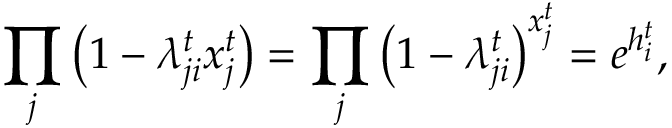
\prod _ { j } \left( 1 - \lambda _ { j i } ^ { t } x _ { j } ^ { t } \right) = \prod _ { j } \left( 1 - \lambda _ { j i } ^ { t } \right) ^ { x _ { j } ^ { t } } = e ^ { h _ { i } ^ { t } } ,